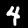
Label: 4